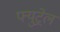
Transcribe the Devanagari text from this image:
फ्युट्रेल